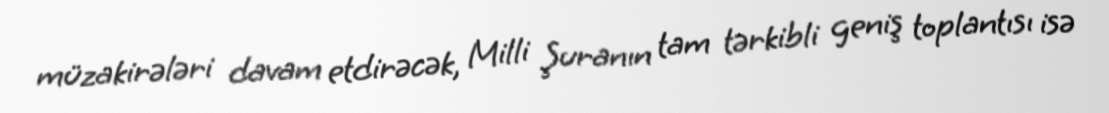
müzakirələri davam etdirəcək, Milli Şuranın tam tərkibli geniş toplantısı isə